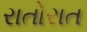
રાતોરાત